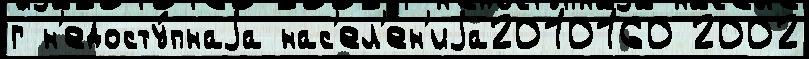
г н'едосту́пнаjа нас'ел'ен'иjа2010160 2002